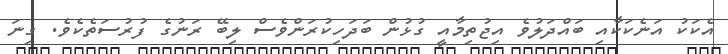
އެކަކު އަނެކަކާއި ބައްދަލުވެ އިޖުތިމާއީ ގުޅުން ބަދަހިކުރަންވެސް ލިބޭ ރަނުގެ ފުރުސަތެކެވެ. ގިނަ